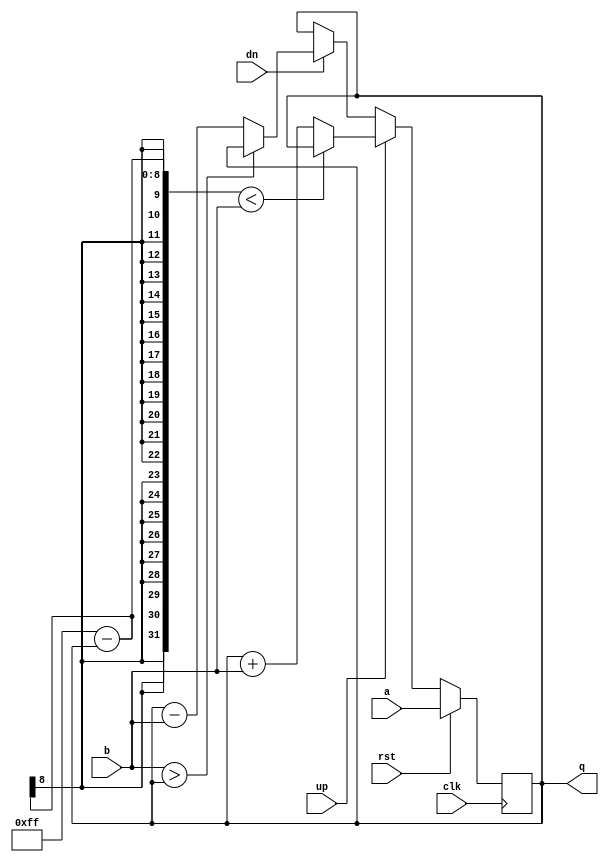
`timescale 1ns/1ps

module up_down_counter(
			input clk,
			input [7:0] a,
			input [7:0] b,
			input up,
			input dn,
			input rst,
		  	output reg [7:0] q
		);

		always @(posedge clk) begin
			if(rst)
				q<=a;
			else begin
				if (up) begin
					if ((255-q)<b)
					q<=q;
					else
				 	q <= q+b;
		               	end
				else if (dn)begin
					if (b>q)
					q<=q;
			        	else	
					q <= q-b;
			        end
			end
		end

		endmodule